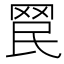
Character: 𦊞